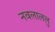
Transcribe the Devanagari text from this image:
नवलाललु